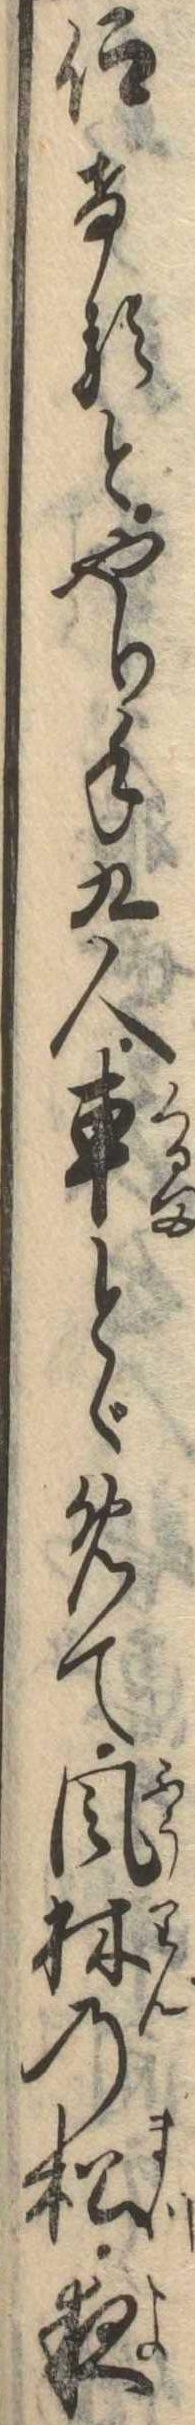
仰けるとやり手九人車とゞめて風林の松夜